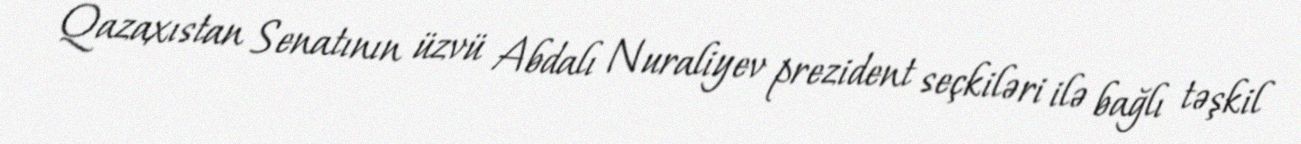
Qazaxıstan Senatının üzvü Abdalı Nuraliyev prezident seçkiləri ilə bağlı təşkil